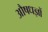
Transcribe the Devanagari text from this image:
औषधज्ञों